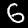
Digit: 6